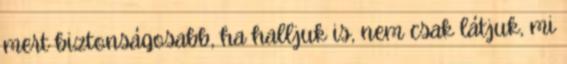
mert biztonságosabb, ha halljuk is, nem csak látjuk, mi